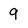
Character: 9